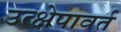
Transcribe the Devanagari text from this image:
उत्क्षेपावर्त